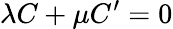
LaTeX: \lambda C+\mu C^{\prime}=0